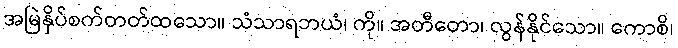
အမြဲနှိပ်စက်တတ်ထသော။ သံသာရဘယံ၊ ကို။ အတီတော၊ လွန်နိုင်သော။ ကောစိ၊